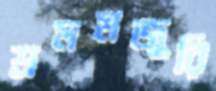
শ্রমমজুরি